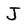
Character: J